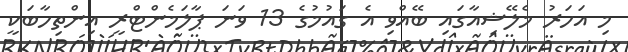
މި އަހަރު މެލޭޝިއާގައި ބޭއްވި އެ ގައުމުގެ 13 ވަނަ ޕާލަމެންޓްރީ އިންތިހާބަކީ